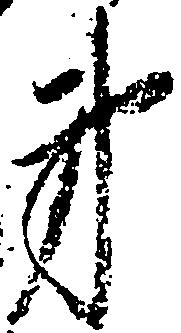
第